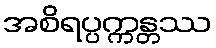
အစိရပ္ပက္ကန္တဿ